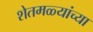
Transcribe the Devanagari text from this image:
शेतमळ्यांच्या